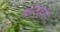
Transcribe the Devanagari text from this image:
फोएहन